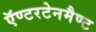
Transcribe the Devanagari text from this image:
ऍण्टरटेनमैण्ट